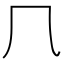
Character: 𠘨